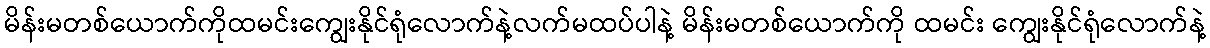
မိန်းမတစ်ယောက်ကိုထမင်းကျွေးနိုင်ရုံလောက်နဲ့လက်မထပ်ပါနဲ့ မိန်းမတစ်ယောက်ကို ထမင်း ကျွေးနိုင်ရုံလောက်နဲ့